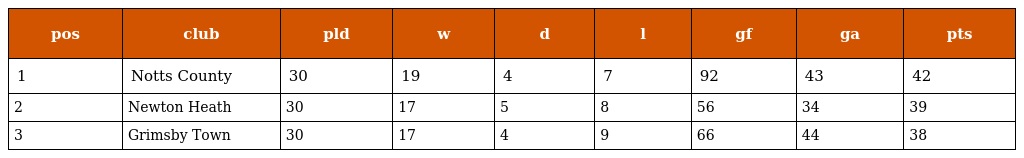
| pos | club | pld | w | d | l | gf | ga | pts |
 | --- | --- | --- | --- | --- | --- | --- | --- | --- |
 | 1 | Notts County | 30 | 19 | 4 | 7 | 92 | 43 | 42 |
 | 2 | Newton Heath | 30 | 17 | 5 | 8 | 56 | 34 | 39 |
 | 3 | Grimsby Town | 30 | 17 | 4 | 9 | 66 | 44 | 38 |